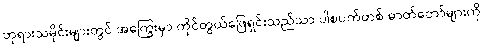
ဘုရားသမိုင်းများတွင် အကြွေးမှာ ကိုင်တွယ်ဖြေရှင်းသည်သာ ပါစပက်တစ် ဓာတ်တော်များကို